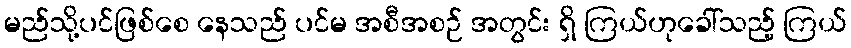
မည်သို့ပင်ဖြစ်စေ နေသည် ပင်မ အစီအစဉ် အတွင်း ရှိ ကြယ်ဟုခေါ်သည့် ကြယ်